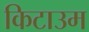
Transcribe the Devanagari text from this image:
किटाउम